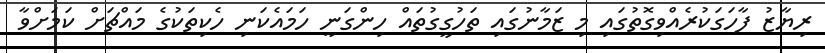
ރިޔާޒު ފާހަގަކުރެއްވިގޮތުގައި މި ޒަމާނުގައި ތަހުގީގުތައް ހިންގަނީ ހަމައެކަނި ހެކިތަކުގެ މައްޗަށް ކަމަށްވާ